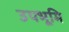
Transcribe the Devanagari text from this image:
उपभूमि